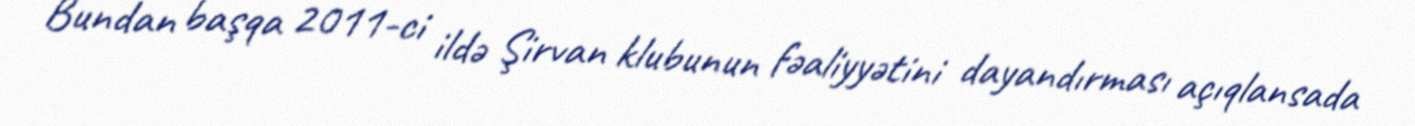
Bundan başqa 2011-ci ildə Şirvan klubunun fəaliyyətini dayandırması açıqlansada